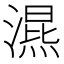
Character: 𣽙